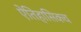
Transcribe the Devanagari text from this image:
ऐतिहासिकच